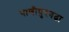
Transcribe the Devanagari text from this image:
पाणीपुरवढा